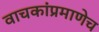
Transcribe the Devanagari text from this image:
वाचकांप्रमाणेच